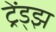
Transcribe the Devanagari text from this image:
ट्रेंड्‌झ